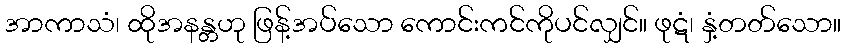
အာကာသံ၊ ထိုအနန္တဟု ဖြန့်အပ်သော ကောင်းကင်ကိုပင်လျှင်။ ဖုဋံ၊ နှံ့တတ်သော။